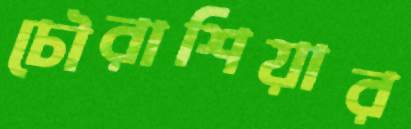
চৌরাশিয়ার